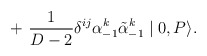
\begin{align*}+~{1\over D-2}{\delta}^{ij}{\alpha}^k_{-1}\tilde{\alpha}^k_{-1}\mid 0,P \rangle .\end{align*}